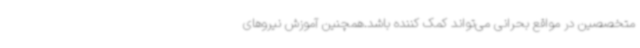
متخصصین در مواقع بحرانی می‌تواند کمک کننده باشد.همچنین آموزش نیروهای